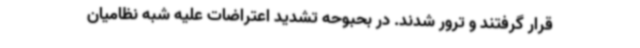
قرار گرفتند و ترور شدند. در بحبوحه تشدید اعتراضات علیه شبه نظامیان